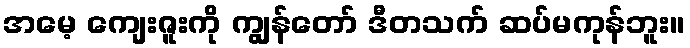
အမေ့ ကျေးဇူးကို ကျွန်တော် ဒီတသက် ဆပ်မကုန်ဘူး။